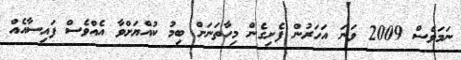
ނަމަވެސް 2009 ވަނަ އަހަރުން ފެށިގެން މިހާތަނަށް ބިމު ކުއްޔަށްވާ އެއްވެސް ފައިސާއެއް